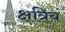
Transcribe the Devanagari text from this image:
क्षत्रियं